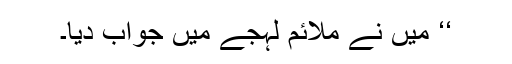
‘‘ میں نے ملائم لہجے میں جواب دیا۔